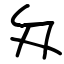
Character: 匁